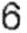
6